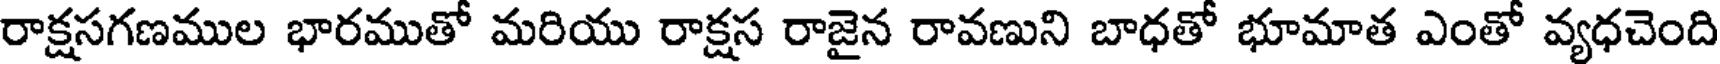
రాక్షసగణముల భారముతో మరియు రాక్షస రాజైన రావణుని బాధతో భూమాత ఎంతో వ్యధచెంది